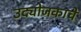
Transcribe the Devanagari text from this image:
उद्योजकाचे